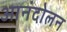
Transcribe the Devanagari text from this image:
आनंदोलन